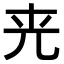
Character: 𠒀